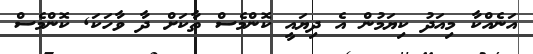
އަނެއްކާ މިއަދު ކިޔަމުން އެ ދިޔައީ ކޮންމެސް ތާކަށް ދާ ވާހަކަ